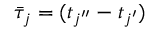
\bar { \tau } _ { j } = ( t _ { j ^ { \prime \prime } } - t _ { j ^ { \prime } } )